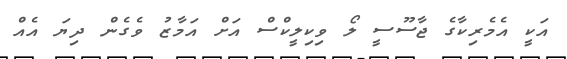
އަކީ އެމެރިކާގެ ޖާސޫސީ ލޯ ވިކިލީކްސް އަށް އަމާޒު ވެގެން ދިޔަ އެއް